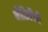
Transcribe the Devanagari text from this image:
भौतिकीची